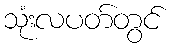
သုံးလပတ်တွင်